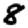
Digit: 8